Lunatic asylums Bombay report 1878-1890 - 1878-1890
Year: 1878
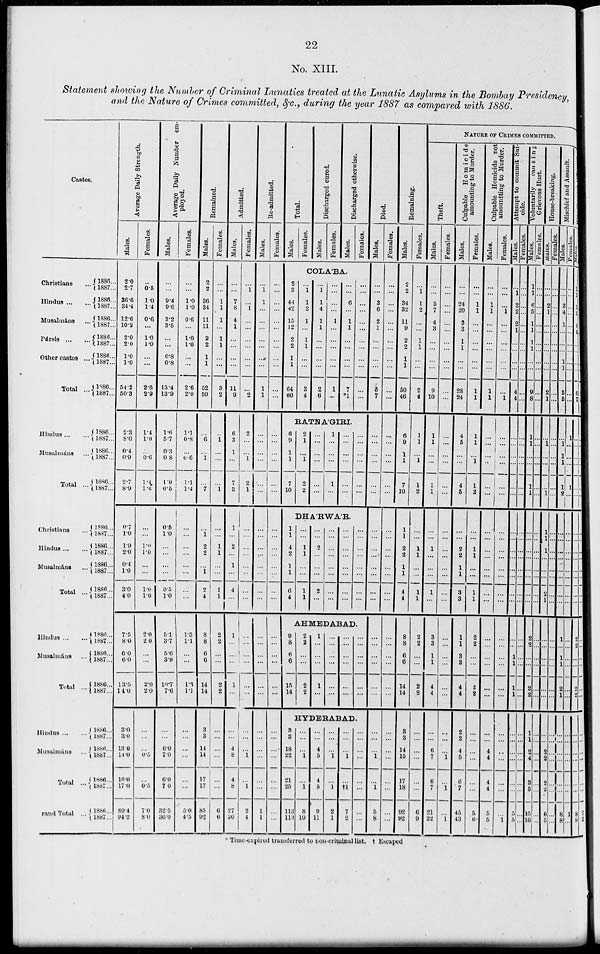
22
No. XIII.
Statement showing the Number of Criminal Lunatics treated at the Lunatic Asylums in the Bombay Presidency,
and the Nature of Crimes committed, &c., during the year 1887 as compared with 1886.
Castes.
Christians ...
Hindus ...
Musalmáns ...
Pársis
...
...
Other castes ...
Total ...
Hindus ... ...
Musulmáns ...
Total ...
Christians ...
Hindus
...
Musalmáns ...
Total ...
Hindus ... ...
Musalmáns ...
Total ...
Hindus ...
Musalmáns ...
Total ...
Grand Total ...
1886...
1887...
1880...
1887...
1886... 1887... 1886... 1887... 1886... 1887...
1886...
1887...
1886...
1887...
1886...
1887...
1886...
1887...
1886..
1887...
1886...
1887...
1886...
1887...
1886...
1887...
1886...
1887...
1886...
1887...
1886...
1887...
1886...
1887...
1886...
1887...
1886...
1887...
1886...
1887..
Average Daily Strength.
Males.
2.0
2.7
36.6
34.4
12.6
10.2
2.0
2.0
1.0
1.0
54.2
50.3
2.3
8.0
0.4
0.9
2.7
8.9
0.7
1.0
1.9
2.0
0.4
1.0
3.0
4.0
7.5
8.0
6.0
6.0
13.5
14.0
3.0
3.0
13.0
14.0
18.0
17.0
89.4
94.2
Females.
...
0.6
1.0
1.4
0.6
...
1.0
1.0
...
...
2.6
2.9
1.4
1.0
...
0.6
1.4
1.6
...
...
1.0
1.0
...
...
1.0
1.0
2.0
2 0
...
...
2.0
2.0
...
...
...
0.5
...
0.5
7 0
8.0
Average Daily Number em¬
ployed.
Males.
...
...
9.4
9.6
3.2
3.5
...
...
0.8
0.8
13.4
13.9
1.6
5.7
0.3
0.8
1.9
6.5
0.5
1.0
...
...
...
...
0.5
1.0
5.1
3.7
5.6
3.9
10.7
7.6
...
...
6.0
7.0
6.9
7.0
32.5
36.0
Females.
...
...
1.0
1.0
0.6
...
1.0
1.0
...
...
2.6
2.0
1.1
0.8
...
0.6
1.1
1.4
...
...
...
...
...
...
...
...
1.3
1.1
...
...
1.3
1.1
...
...
...
...
...
...
5.0
4.5
Remained.
Males.
2
2
36
34
11
11
2
2
1
1
52
50
...
6
...
1
...
7
...
1
2
2
...
1
2
4
8
8
6
6
14
14
3
3
14
14
17
17
85
92
Females.
...
...
1
1
1
...
1
1
...
...
3
2
...
1
...
...
...
1
...
...
...
...
...
...
...
...
...
...
...
...
2
2
...
...
...
...
...
...
6
9
Admitted.
Males.
...
...
7
8
4
1
...
...
...
...
11
9
6
3
1
...
7
3
1
...
2
...
1
...
4
...
1
...
...
...
1
...
...
...
4
8
4
8
27
20
Females.
...
1
...
1
...
...
...
...
...
...
...
2
2
...
...
1
2
1
...
...
...
...
...
...
...
...
...
...
...
...
...
...
...
...
...
1
...
1
2
4
Re-admitted
Males.
...
1
1
...
...
...
...
...
...
...
1
1
...
...
...
...
...
...
...
...
...
...
...
...
...
...
...
...
...
...
...
...
...
...
...
...
...
...
1
1
Females.
...
...
...
...
...
...
...
...
...
...
...
...
...
...
...
...
...
...
...
...
...
...
...
...
...
...
...
...
...
...
...
...
...
...
...
...
...
...
...
...
Total.
Males.
Females.
Discharged cured.
Males.
Females.
Discharged Otherwise.
Males.
Females.
COLA'BA.
2
3
44
42
15
12
2
2
1
1
64
60
...
1
1
2
1
...
1
1
...
...
3
4
...
1
1
4
1
1
...
...
...
...
2
6
...
...
...
...
1
...
...
...
...
...
1
...
...
...
6
...
1
1
...
...
...
...
7
*1
...
...
...
...
...
...
...
...
...
...
...
...
RATNA'GIRI.
6
9
1
1
7
10
2
1
...
1
2
2
...
...
...
...
...
...
1
...
...
...
1
...
...
...
...
...
...
...
...
...
...
...
...
...
DHA'RWA'R
1
1
4
2
1
1
6
4
...
...
1
1
...
...
1
1
...
...
2
...
...
...
2
...
...
...
...
...
...
...
...
...
...
...
...
...
...
...
...
...
...
...
...
...
...
...
...
...
AHMEDABAD.
9
8
6
6
15
14
2
2
...
...
2
2
1
...
...
...
1
...
...
...
...
...
...
...
...
...
...
...
...
...
...
...
...
...
...
...
HYDERABAD.
3
3
18
22
21
25
113
113
...
...
...
1
...
1
8
10
...
...
4
5
4
5
...
11
...
...
...
1
...
1
2
1
...
...
...
...
...
†1
7
2
...
...
...
...
...
...
...
...
Died.
Males.
...
...
3
6
2
1
...
...
...
...
5
7
...
...
...
...
...
...
...
...
...
...
...
...
...
...
...
...
...
...
...
...
...
...
...
1
...
1
5
8
Females.
...
...
...
...
...
...
...
...
...
...
...
...
...
...
...
...
...
...
...
...
...
...
...
...
...
...
...
...
...
...
...
...
...
...
...
...
...
...
...
Remaining.
Males.
2
2
34
32
11
9
2
2
1
1
50
46
6
9
1
1
7
10
1
1
2
2
1
1
4
4
8
8
6
6
14
14
3
3
14
15
17
18
92
92
Females.
...
1
1
2
...
...
1
1
...
...
2
4
1
1
...
1
1
2
...
...
1
1
...
...
1
1
2
2
...
...
2
2
...
...
...
...
...
...
6
9
NATURE OF CRIMES COMMITTED.
Theft
Males.
...
...
5
7
4
3
...
...
...
...
9
10
1
1
...
...
1
1
...
...
1
...
...
...
1
...
3
3
1
1
4
4
...
...
6
7
6
7
21
22
Females.
...
...
...
...
...
...
...
...
...
...
...
...
...
...
...
...
...
...
...
...
...
...
...
...
...
...
...
...
...
...
...
...
...
...
...
1
...
1
...
1
Culpable Homicide
amounting to Murder.
Males.
...
...
24
20
3
3
1
1
...
...
28
24
4
5
...
...
4
5
...
...
2
2
1
1
3
3
1
1
3
3
4
4
2
2
4
5
6
7
45
43
Females.
...
...
1
1
...
...
...
...
...
...
1
1
1
1
...
1
1
2
...
...
1
1
...
...
1
1
2
2
...
...
2
2
...
...
...
...
...
...
5
6
Culpab
amount
Males.
...
...
1
1
...
...
...
...
...
...
1
1
...
...
...
...
...
...
...
...
...
...
...
...
...
...
...
...
...
...
...
...
...
...
4
4
4
4
5
5
Females.
...
...
...
1
...
...
...
...
...
...
...
1
...
...
...
...
...
...
...
...
...
...
...
...
...
...
...
...
...
...
...
...
...
...
...
...
...
...
...
1
Attempt to comm
cide.
Males.
...
1
2
2
2
1
...
...
...
...
4
4
...
...
...
...
...
...
...
...
...
...
...
...
...
...
...
...
1
1
1
1
...
...
...
...
...
...
5
5
Females.
...
...
...
...
...
...
...
...
...
...
...
...
...
...
...
...
...
...
...
...
...
...
...
...
...
...
...
...
...
...
...
...
...
...
...
...
...
...
...
...
Voluntarily c
Grievous Hur
Males.
1
1
6
5
1
1
1
1
...
...
9
8
1
1
...
...
1
1
...
...
...
...
...
...
...
...
2
2
...
...
2
2
1
1
2
4
3
5
15
10
Females.
...
...
...
...
...
...
...
...
...
...
...
...
...
...
...
...
...
...
...
...
...
...
...
...
...
...
...
...
...
...
...
...
...
...
...
...
...
...
...
...
House-breaking.
Males.
...
...
2
1
...
...
...
...
...
...
2
1
...
1
...
...
...
1
1
J
1
...
...
...
2
1
...
...
...
...
...
...
...
...
...
...
...
...
6
5
Females.
...
...
...
...
...
...
...
...
...
...
...
...
...
...
...
...
...
...
...
...
...
...
...
...
...
...
...
...
...
...
...
...
...
...
...
...
...
...
...
...
Mis
Males.
...
...
3
4
1
...
...
..
1
1
5
5
...
1
1
1
1
2
...
...
...
...
...
...
...
...
1
...
1
1
2
1
...
...
...
...
...
...
8
8
Females.
...
...
...
...
...
...
...
...
...
...
...
...
1
...
...
...
1
...
...
...
...
...
...
...
...
...
...
...
...
...
...
...
...
...
...
...
...
...
1
...
...
...
...
...
...
...
...
...
...
...
6
7
...
...
...
...
...
...
...
...
...
...
...
...
...
...
2
2
...
...
2
2
...
...
...
...
...
...
8
9
* Time-expired transferred to non-criminal list, † Escaped